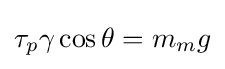
\tau _{p}\gamma \cos \theta =m_{m}g